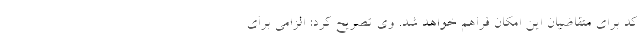
کد برای متقاضیان این امکان فراهم خواهد شد. وی تصریح کرد: الزامی برای